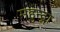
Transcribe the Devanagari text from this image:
महुन्द्रा